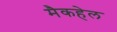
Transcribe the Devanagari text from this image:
मैकहेल